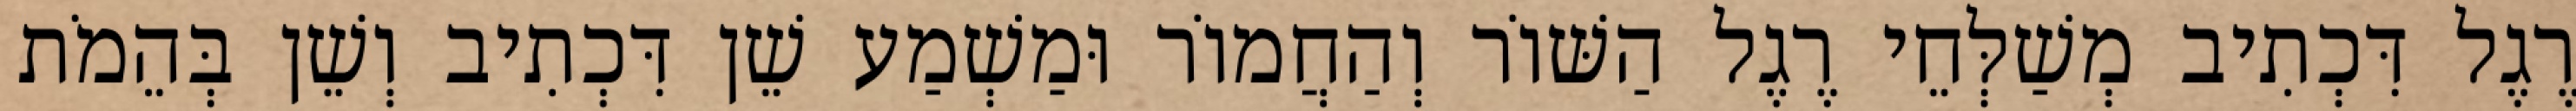
רֶגֶל דִּכְתִיב מְשַׁלְּחֵי רֶגֶל הַשּׁוֹר וְהַחֲמוֹר וּמַשְׁמַע שֵׁן דִּכְתִיב וְשֵׁן בְּהֵמֹת